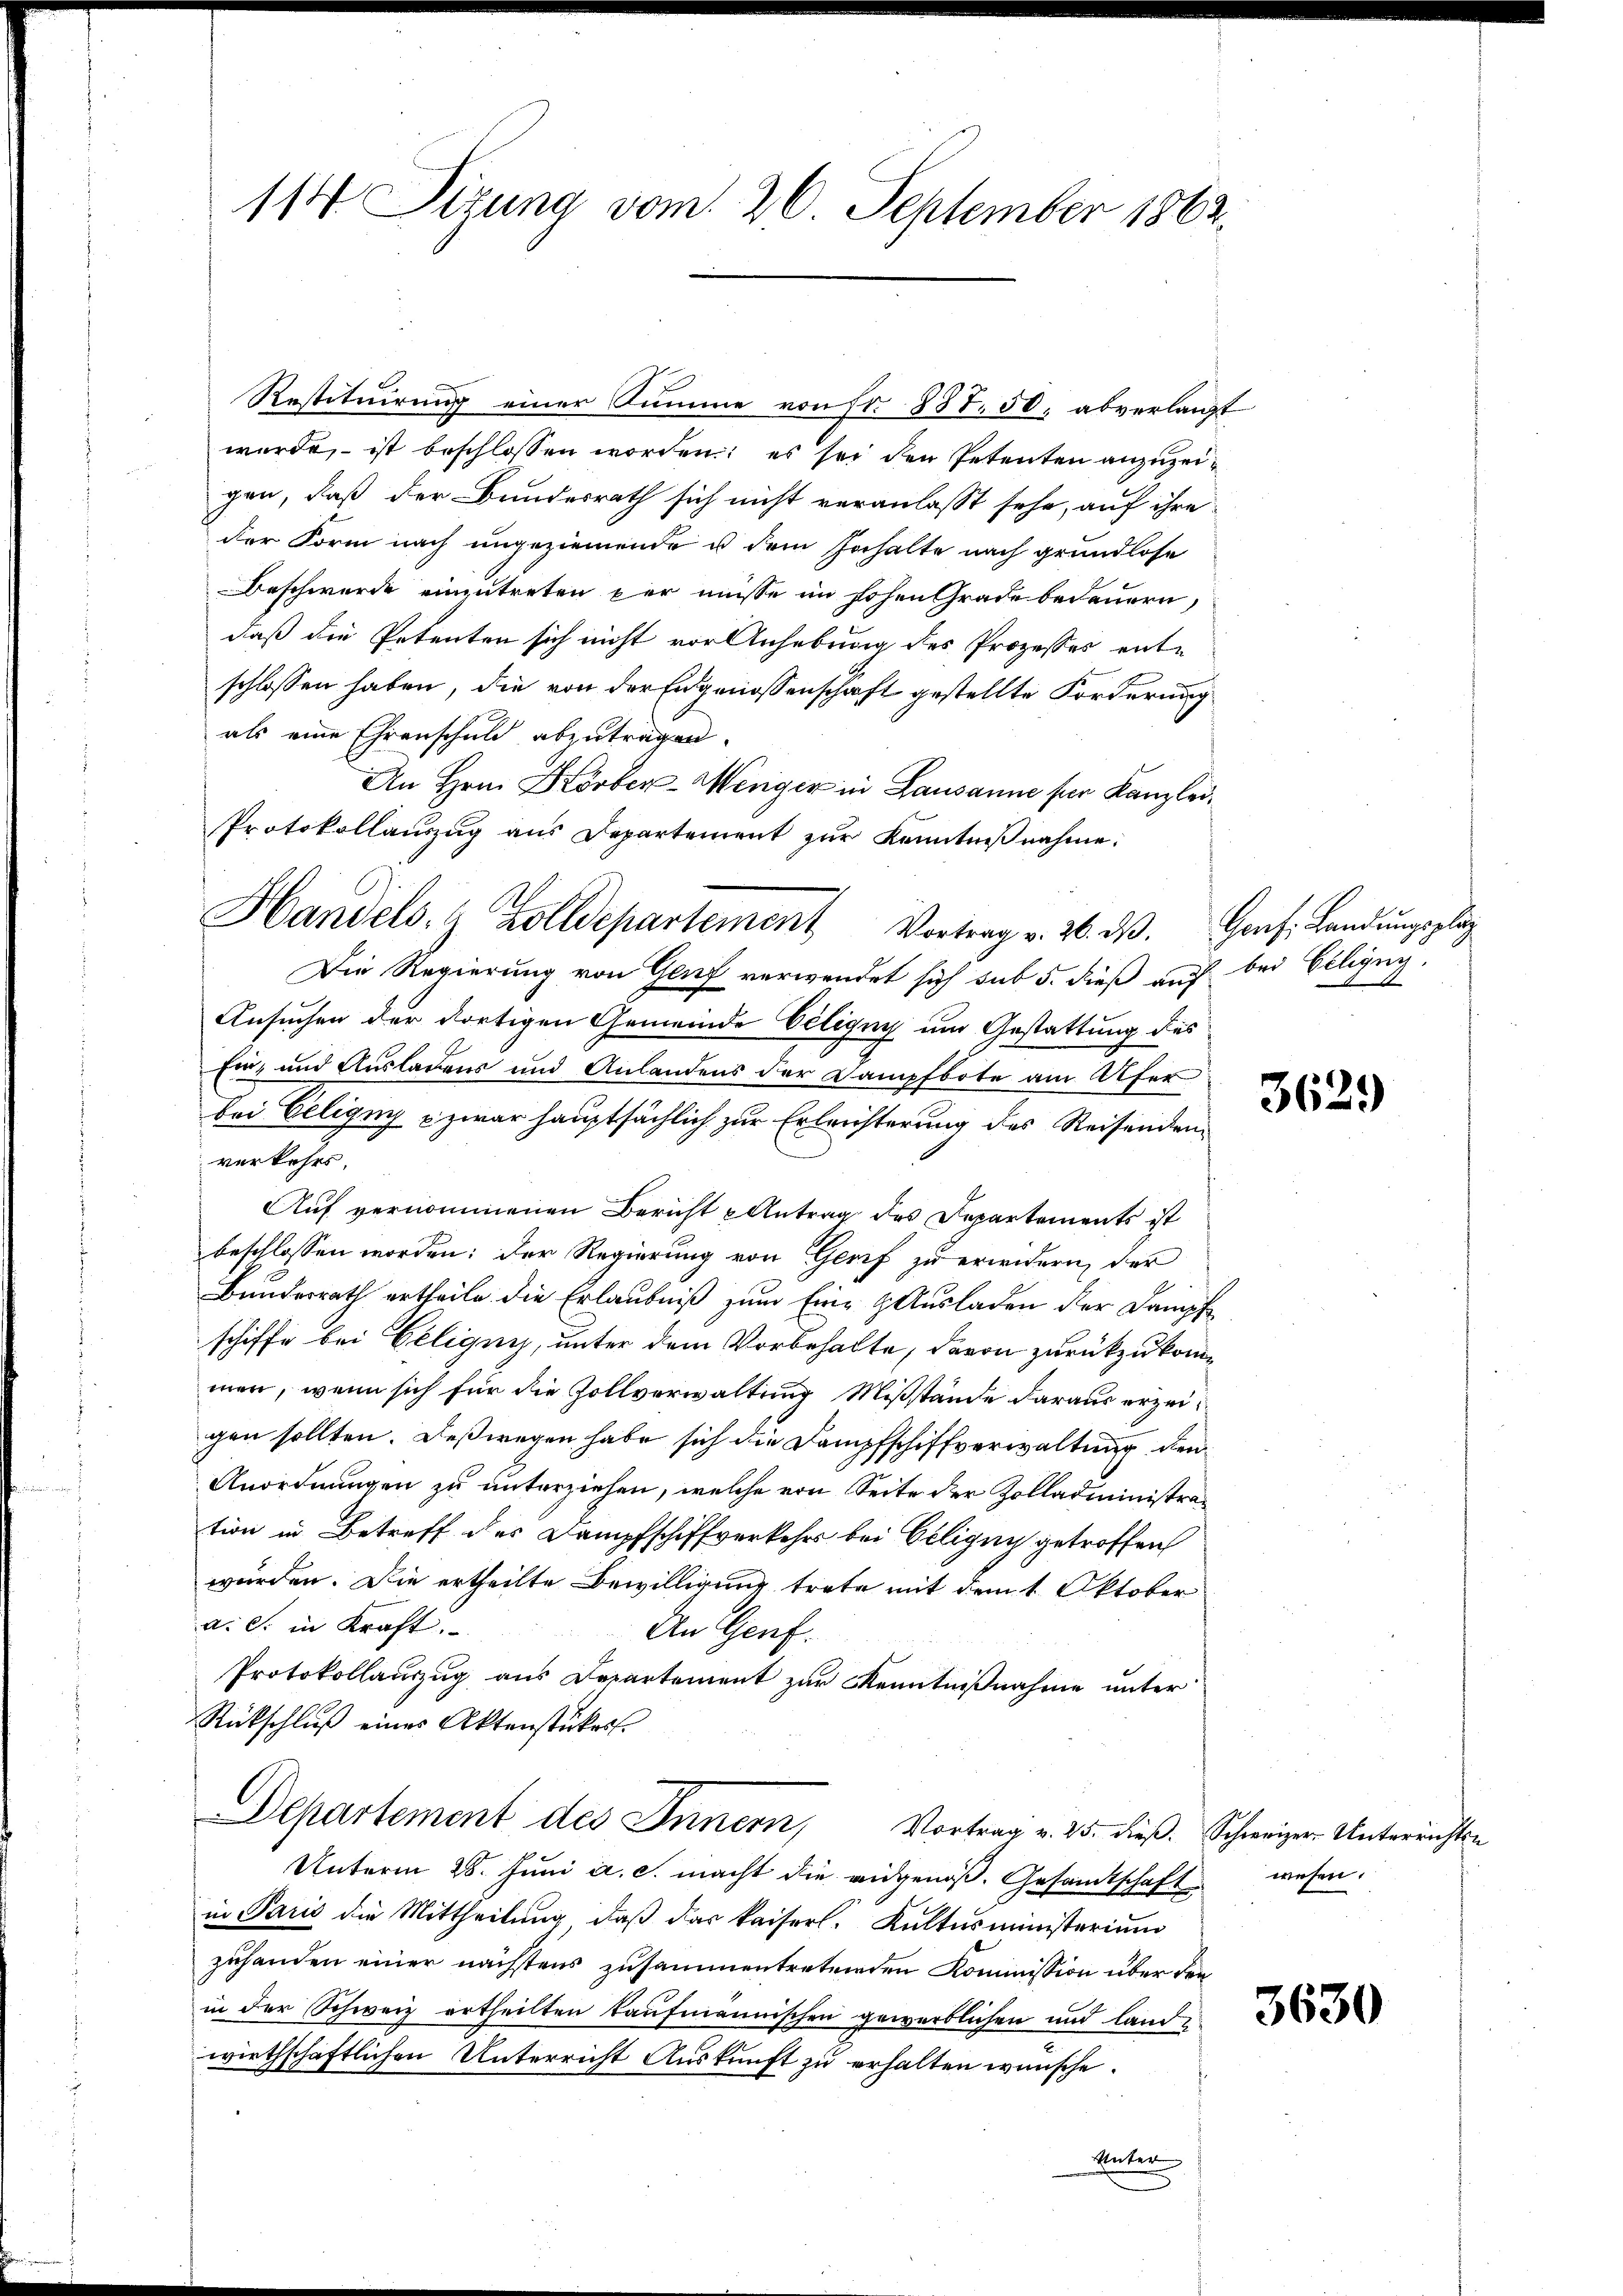
114 Sizung vom 26. September 1862.

Restituirung einer Summe von fr. 887. 50, abverlangt
wurde, ist beschlossen worden; es sei den Petenten anzuzeigen, daß der Bundesrath sich nicht veranlasst sehe, auf ihre
der Form nach ungeziemende u dem Inhalte nach grundlose
Beschwerde einzutreten per müsse im hohen Grade bedauern,
daß die Petenten sich nicht vor Anhebung des Prozesses entschlossen haben, die von der Engenossenschaft gestellte Forderung
als eine Ehrenschuld abzutragen.
An Hrn. Körber-Weniger in Lausanne für Kanzlei¬
Die Regierung von Genf verwendet sich sub 5. dieß auf
Ansuchen der dortigen Gemeinde Veligny um Gestattung des
Ein, und Ausladens und Anlandens der Dampfbote am Ufer
bei Eeligen & zwar hauptsächlich zur Erleichterung des Reisenden
verkehrs.
Auf vernommenen Bericht u Antrag des Departements ist
beschlossen worden: Der Regierung von Genf zu erwidern, der
Bundesrath ertheile die Erlaubniß zum Eine Ausladen der Dampfe
schiffe bei Geliquis, unter dem Vorbehalte, davon zurückzukomme
men, wenn sich für die Zollverwaltung Mißstände daraus erzeigen sollten. Deßwegen habe sich die Dampfschiffverwaltung den
Anordnungen zu unterziehen, welche von Seite der Zolladministration in Betreff des Dampfschiffverkehrs bei Ciligny getroffen
würden. Die ertheilte Bewilligung trete mit dem 1. Oktober
a. c. in Kraft.
An Genf.
Protokollanzug aus Departement zur Kenntnißnahme unter
Rückschluß eines Aktenstückes.
Departement des Innern, Vortrag v. 25. dieβ. Schweizer Unterrichts-
Unterm 28. Juni a. c. macht die eidgenoß. Gesandtschaft wesen.
in Paris die Mittheilung, daß das kaiserl. Kaltesministerium
zuhanden einer nächstens zusammentretenden Kommission über den
in der Schweiz ertheilten kaufmännischen gewerblichen und land
wirthschaftlichen Unterricht Auskunft zu erhalten wünsche.
Unter

Protokollanzŭg aŭs Departement zŭr Kenntniβnahme.
Handels- & Zolldepartement Vortrag v. 26. dβ. Graf. Landŭngsplaz

" bei Eiligny
11

3629